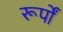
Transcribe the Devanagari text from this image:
रूर्पों